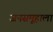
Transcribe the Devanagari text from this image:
जनसमूहाला